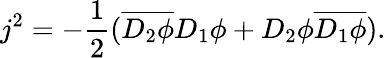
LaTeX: j^{2}=-\frac{1}{2}(\overline{{{D_{2}\phi}}}D_{1}\phi+D_{2}\phi\overline{{{D_{1}\phi}}}).